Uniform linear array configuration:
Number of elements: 64
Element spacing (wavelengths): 1
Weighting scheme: binomial
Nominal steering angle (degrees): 45
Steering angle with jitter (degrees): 44.251
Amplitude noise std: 0.05
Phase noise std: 0.05

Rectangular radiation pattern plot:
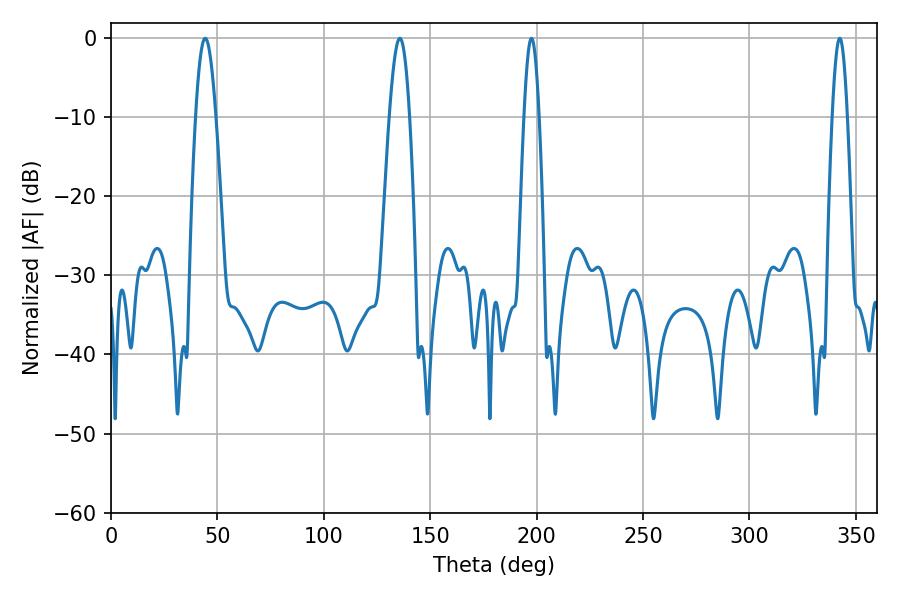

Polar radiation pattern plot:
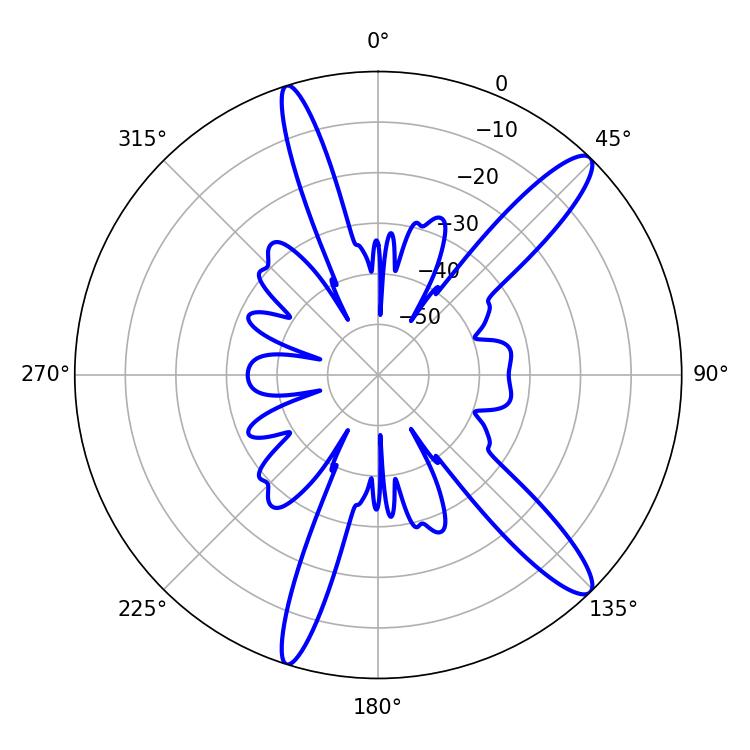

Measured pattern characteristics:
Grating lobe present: TRUE
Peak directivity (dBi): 13.341
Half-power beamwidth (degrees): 5.22
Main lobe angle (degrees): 44.28